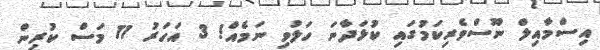
އިސްމާއިލް ނޫސްވެރިކަމުގައި ކުޅަދާނަ ހަލުވި ނަމެއް! 3 އަހަރު 11 މަސް ކުރިން